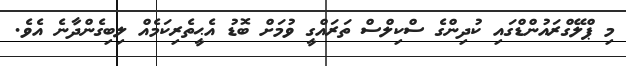
މި ޕްލޭގްރައުންޑްގައި ކުދިންގެ ސްކިލްސް ތަރައްގީ ވުމަށް ބޮޑު އެޙީތެރިކަމެއް ލިބިގެންދާނެ އެވެ.